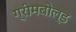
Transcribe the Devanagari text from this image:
ग्रीमबोल्ड